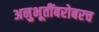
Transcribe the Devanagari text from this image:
अनुभूतींबरोबरच